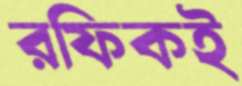
রফিকই